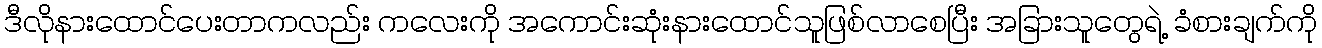
ဒီလိုနားထောင်ပေးတာကလည်း ကလေးကို အကောင်းဆုံးနားထောင်သူဖြစ်လာစေပြီး အခြားသူတွေရဲ့ ခံစားချက်ကို